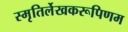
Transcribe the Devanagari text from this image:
स्मृतिर्लेखकरूपिणम